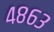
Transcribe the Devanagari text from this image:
४८६३